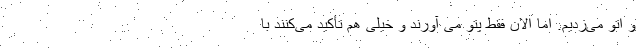
و اتو می‌زدیم. اما الان فقط پتو می آورند و خیلی هم تأکید می‌کنند با